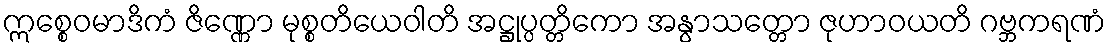
ဣစ္စေဝမာဒိကံ ဇိဏ္ဏော မုစ္စတိယေဝါတိ အဋ္ဌုပ္ပတ္တိကော အနွာသတ္တော ဇုဟာဝယတိ ဂဗ္ဘကရဏံ